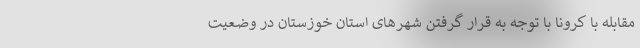
مقابله با کرونا با توجه به قرار گرفتن شهر‌های استان خوزستان در وضعیت